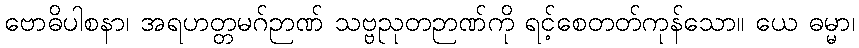
ဗောဓိပါစနာ၊ အရဟတ္တမဂ်ဉာဏ် သဗ္ဗညုတဉာဏ်ကို ရင့်စေတတ်ကုန်သော။ ယေ ဓမ္မာ၊